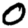
Digit: 0